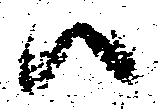
ハ